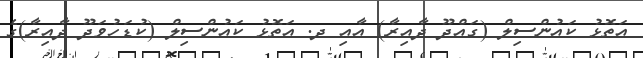
އަތޮޅު ކައުންސިލް (ގައްދޫ ދާއިރާ) އާއި ދ. އަތޮޅު ކައުންސިލް (ކުޑަހުވަދޫ ދާއިރާ)ގެ